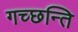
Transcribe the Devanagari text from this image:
गच्छन्ति